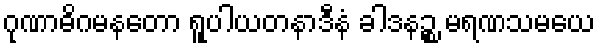
ဂုဏာဓိဂမနတော ရူပါယတနာဒီနံ ခါဒနဉ္စ မရဏသမယေ